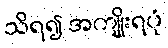
သိရ၍ အကျိုးရပုံ